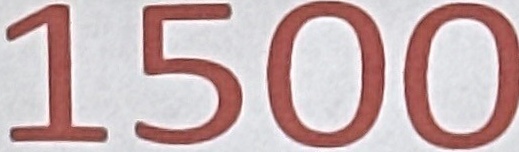
1500